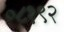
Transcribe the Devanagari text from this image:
०८१९२